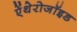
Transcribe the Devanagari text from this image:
ऐंथेरोजॉइड